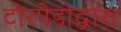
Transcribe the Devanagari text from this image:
टोरपेडोद्वारा